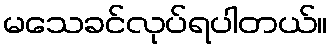
မသေခင်လုပ်ရပါတယ်။